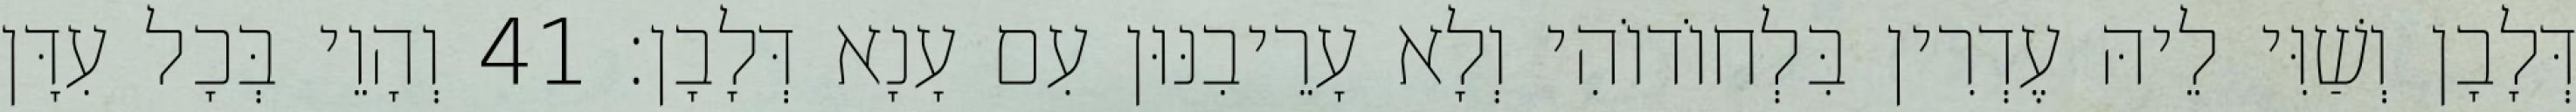
דְּלָבָן וְשַׁוִּי לֵיהּ עֶדְרִין בִּלְחוֹדוֹהִי וְלָא עָרֵיבִנּוּן עִם עָנָא דְּלָבָן׃ 41 וְהָוֵי בְּכָל עִדָּן